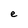
Character: e